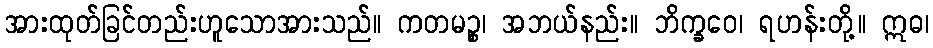
အားထုတ်ခြင်တည်းဟူသောအားသည်။ ကတမဉ္စ၊ အဘယ်နည်း။ ဘိက္ခဝေ၊ ရဟန်းတို့။ ဣဓ၊